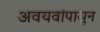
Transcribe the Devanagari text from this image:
अवयवांपासुन